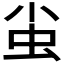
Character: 𧈨